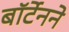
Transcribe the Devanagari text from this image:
बॉर्टेनने